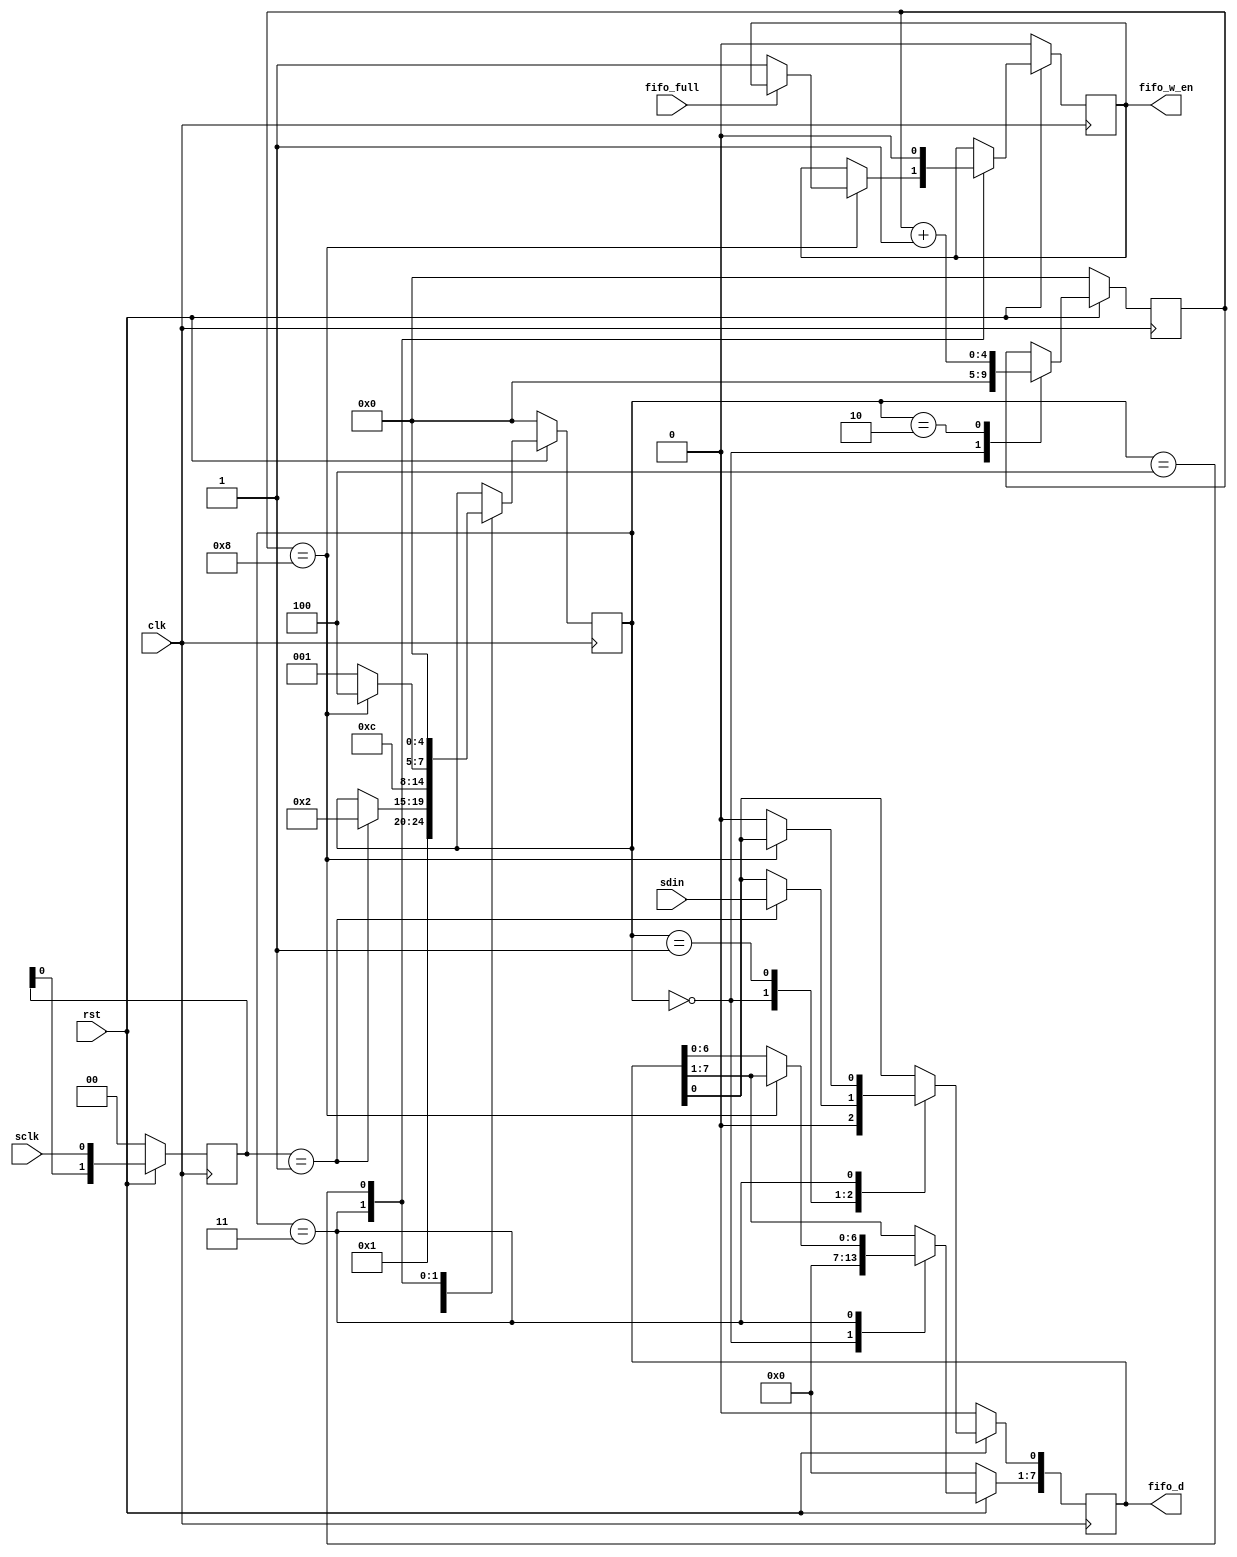
`timescale 1 ns / 1 ns

module spi_slave_r
(
	input rst,
	input clk,
	
	//fifo
	input fifo_full,
	output [7:0] fifo_d,
	output fifo_w_en,
	
	//spi slave
	input sclk,
	input sdin
);

	//sck edge check
	reg [1:0] sclk_edge = 2'b00;

	always @ (posedge clk) begin
		if(!rst) begin
			sclk_edge <= 2'b00;
		end
		else begin
			sclk_edge <= {sclk_edge[0],sclk};
		end
	end

	reg w_en_reg = 0;
	reg [7:0] d_reg = 8'd0;
	assign fifo_w_en = w_en_reg;
	assign fifo_d = d_reg;

	reg [4:0] bit_index = 5'd0;
	reg [4:0] sta_cur = 0;
	always @ (posedge clk) begin
		if(!rst) begin
			w_en_reg <= 1'b0;
			d_reg <= 8'd0;
			bit_index <= 5'd0;

			sta_cur <= 0;
		end
		else begin
			case(sta_cur)
				0 : begin
					d_reg <= 8'd0;
					bit_index <= 5'd0;
					sta_cur <= 1;
				end

				1 : begin
					if(sclk_edge == 2'b01) begin
						d_reg[0] <= sdin;
						sta_cur <= 2;
					end
				end

				2 : begin
					bit_index <= bit_index + 1;
					sta_cur <= 3;
				end	

				3 : begin
					if(bit_index == 8) begin
						if(fifo_full != 1)
							w_en_reg <= 1;
						sta_cur <= 4;
					end
					else begin
						d_reg <= {d_reg[6:0],1'b0};
						sta_cur <= 1;
					end
				end

				4 : begin
					w_en_reg <= 0;
					sta_cur <= 0;
				end
			endcase
		end
			
	end

endmodule